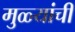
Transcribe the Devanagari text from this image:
मुळ्यांची